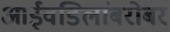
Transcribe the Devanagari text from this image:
आईवडिलांबरोबर